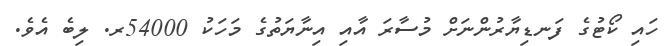
ހައި ކޯޓުގެ ފަނޑިޔާރުންނަށް މުސާރަ އާއި އިނާޔަތުގެ މަހަކު 54000ރ. ލިބެ އެވެ.